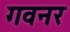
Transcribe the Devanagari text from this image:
गवनर